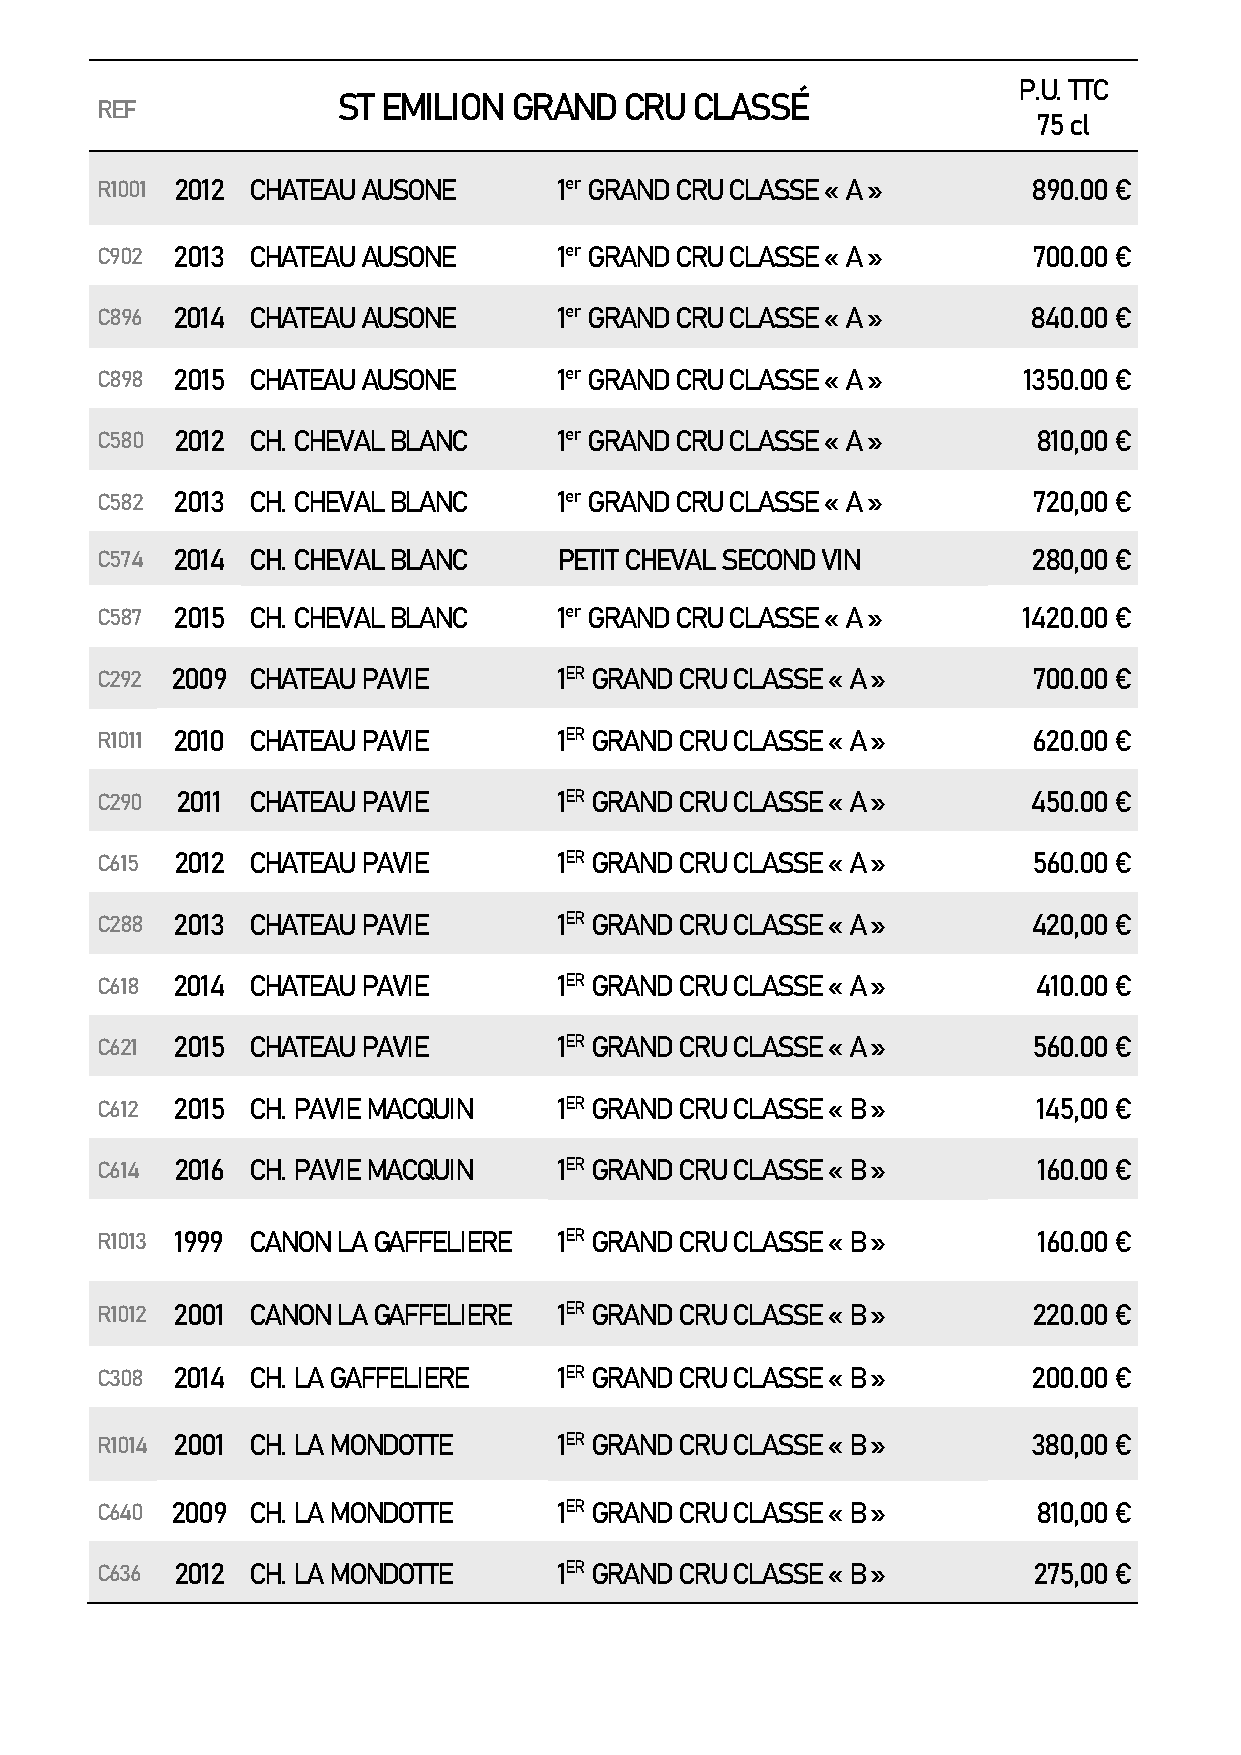
P.U. TTC
 ST EMILION  GRAND  CRU  CLASSÉ
 REF
 75 cl
 R1001 2012 CHATEAU AUSONE      1er GRAND CRU CLASSE « A »     890.00 €
 C902 2013 CHATEAU AUSONE       1er GRAND CRU CLASSE « A »     700.00 €
 C896 2014 CHATEAU AUSONE       1er GRAND CRU CLASSE « A »     840.00 €
 C898 2015 CHATEAU AUSONE       1er GRAND CRU CLASSE « A »     1350.00 €
 C580 2012 CH. CHEVAL BLANC     1er GRAND CRU CLASSE « A »      810,00 €
 C582 2013 CH. CHEVAL BLANC     1er GRAND CRU CLASSE « A »     720,00 €
 C574 2014 CH. CHEVAL BLANC     PETIT CHEVAL SECOND VIN        280,00 €
 C587 2015 CH. CHEVAL BLANC     1er GRAND CRU CLASSE « A »     1420.00 €
 C292 2009 CHATEAU PAVIE        1ER GRAND CRU CLASSE « A »     700.00 €
 R1011 2010 CHATEAU PAVIE       1ER GRAND CRU CLASSE « A »     620.00 €
 C290  2011 CHATEAU PAVIE       1ER GRAND CRU CLASSE « A »     450.00 €
 C615 2012 CHATEAU PAVIE        1ER GRAND CRU CLASSE « A »     560.00 €
 C288 2013 CHATEAU PAVIE        1ER GRAND CRU CLASSE « A »     420,00 €
 C618 2014 CHATEAU PAVIE        1ER GRAND CRU CLASSE « A »      410.00 €
 C621 2015 CHATEAU PAVIE        1ER GRAND CRU CLASSE « A »     560.00 €
 C612 2015 CH. PAVIE MACQUIN    1ER GRAND CRU CLASSE « B »      145,00 €
 C614 2016 CH. PAVIE MACQUIN    1ER GRAND CRU CLASSE « B »      160.00 €
 R1013 1999 CANON LA GAFFELIERE 1ER GRAND CRU CLASSE « B »      160.00 €
 R1012 2001 CANON LA GAFFELIERE 1ER GRAND CRU CLASSE « B »     220.00 €
 C308 2014 CH. LA GAFFELIERE    1ER GRAND CRU CLASSE « B »     200.00 €
 R1014 2001 CH. LA MONDOTTE     1ER GRAND CRU CLASSE « B »     380,00 €
 C640 2009 CH. LA MONDOTTE      1ER GRAND CRU CLASSE « B »      810,00 €
 C636 2012 CH. LA MONDOTTE      1ER GRAND CRU CLASSE « B »     275,00 €